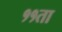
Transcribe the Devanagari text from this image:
११ता